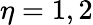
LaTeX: \eta=1,2